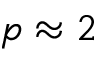
p \approx 2